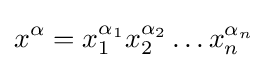
x^{\alpha }=x_{1}^{\alpha _{1}}x_{2}^{\alpha _{2}}\ldots x_{n}^{\alpha _{n}}